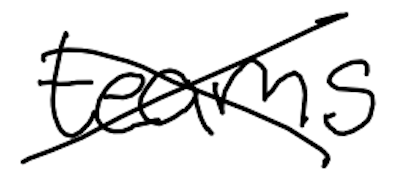
Text: teams
Cross-out: cross
Writing tool: digital_black